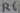
Text: R6